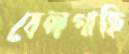
বেলগাছি